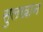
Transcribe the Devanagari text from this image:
सुलखान